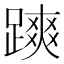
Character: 𨄷